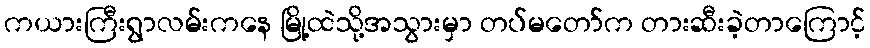
ကယားကြီးရွာလမ်းကနေ မြို့ထဲသို့အသွားမှာ တပ်မတော်က တားဆီးခဲ့တာကြောင့်